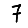
Digit: 7